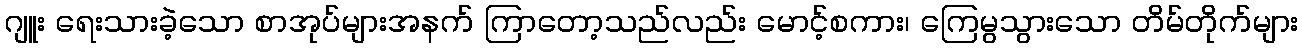
ဂျူး ရေးသားခဲ့သော စာအုပ်များအနက် ကြာတော့သည်လည်း မောင့်စကား၊ ကြေမွသွားသော တိမ်တိုက်များ